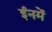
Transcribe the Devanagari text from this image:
ईनमें